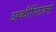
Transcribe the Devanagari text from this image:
अकौस्टिक्स